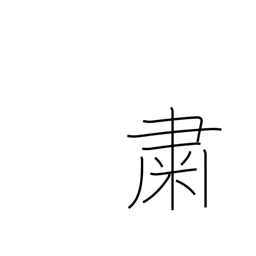
Meaning: quietly